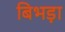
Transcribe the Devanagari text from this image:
बिभड़ा